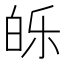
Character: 𰤕